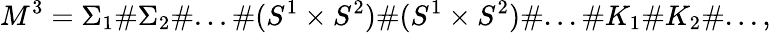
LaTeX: M^{3}={\Sigma_{1}}\# {\Sigma_{2}}\# ...\# (S^{1}\times S^{2})\# (S^{1}\times S^{2})\# ...\# K_{1}\# K_{2}\# ...,